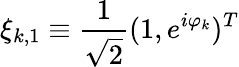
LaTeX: \xi_{k,1}\equiv\frac{1}{\sqrt{2}}(1,e^{i\varphi_{k}})^{T}